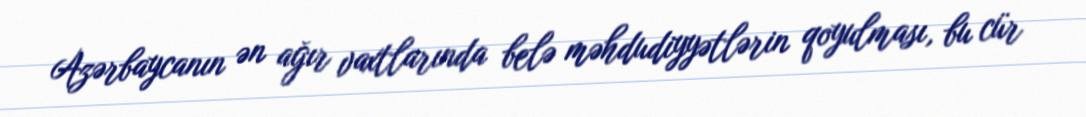
Azərbaycanın ən ağır vaxtlarında belə məhdudiyyətlərin qoyulması, bu cür